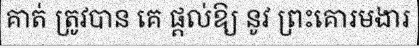
គាត់ ត្រូវបាន គេ ផ្តល់ឱ្យ នូវ ព្រះគោរមងារ